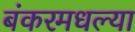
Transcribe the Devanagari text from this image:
बंकरमधल्या